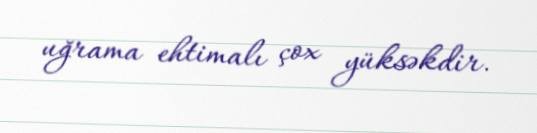
uğrama ehtimalı çox yüksəkdir.